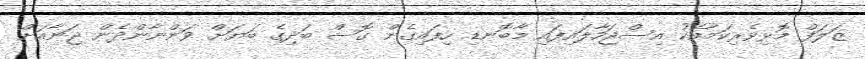
ޒަލަފް މޮޅިވެރިކަމާއެކު އިސްޖަހާލައިފައި މާބޮނޑި ހިފައިގެން ގޮސް ބަދިގެ ބަޔަށް ވަންނާންދެން ޖަނާއަށް